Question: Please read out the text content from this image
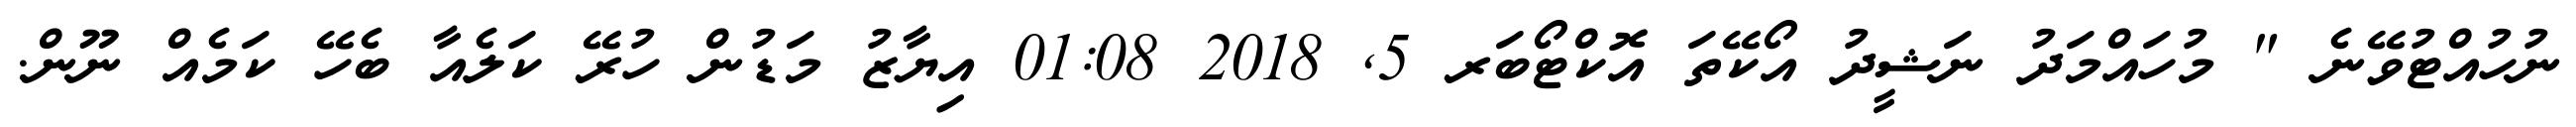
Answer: ނުހުއްޓުވޭނެ " މުހައްމަދު ނަޝީދު އޯކޭތަ އޮކްޓޯބަރ 5, 2018 01:08 އިޔާޒު މަޑުން ހުރޭ ކަލެއާ ބެހޭ ކަމެއް ނޫން.